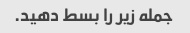
جمله زیر را بسط دهید.